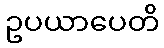
ဥပယာပေတိ